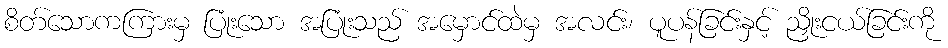
စိတ်သောကကြားမှ ပြုံးသော အပြုံးသည် အမှောင်ထဲမှ အလင်း၊ ပူပန်ခြင်းနှင့် ညှိုးငယ်ခြင်းကို